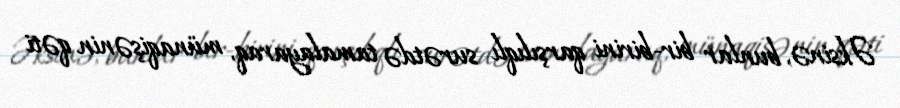
Əksinə, bunlar bir-birini qarşılıqlı surətdə tamalayaraq, münaqişənin qəti